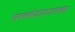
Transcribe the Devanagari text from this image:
समचभेदोपरचनचक्र